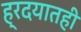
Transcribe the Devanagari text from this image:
ह्रदयातही